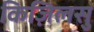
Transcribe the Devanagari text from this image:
किज़िलसु